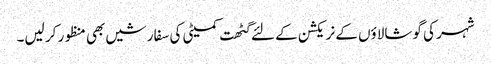
شہر کی گوشالاؤں کے نریکشن کے لئے گٹھت کمیٹی کی سفارشیں بھی منظور کر لیں۔